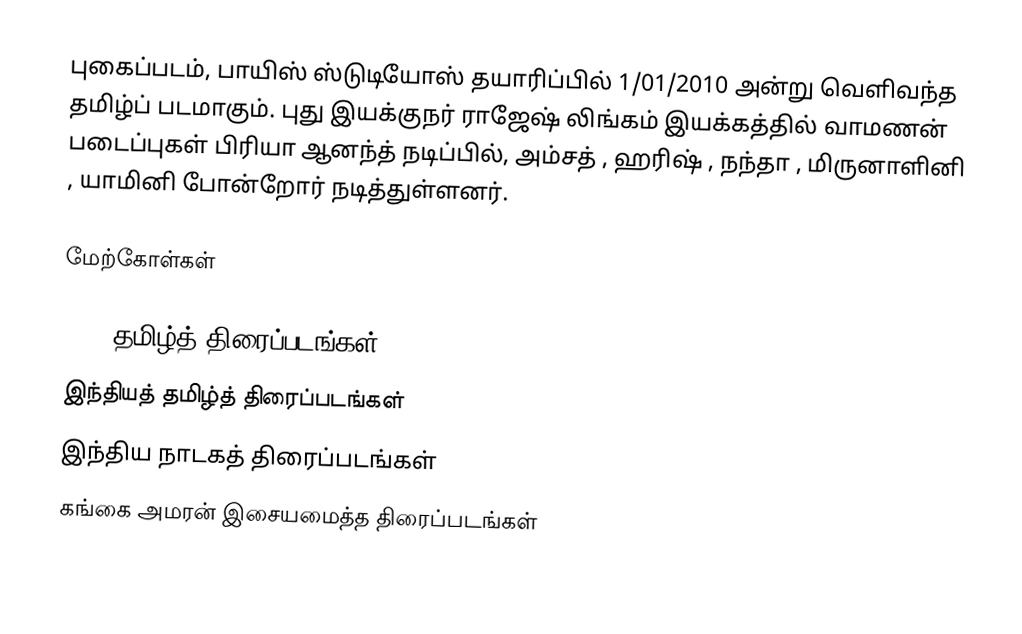
புகைப்படம், பாயிஸ் ஸ்டுடியோஸ் தயாரிப்பில் 1/01/2010 அன்று வெளிவந்த தமிழ்ப் படமாகும். புது இயக்குநர் ராஜேஷ் லிங்கம் இயக்கத்தில் வாமணன் படைப்புகள் பிரியா ஆனந்த் நடிப்பில், அம்சத் , ஹரிஷ் , நந்தா , மிருனாளினி , யாமினி போன்றோர் நடித்துள்ளனர்.

மேற்கோள்கள்

2010 தமிழ்த் திரைப்படங்கள்
இந்தியத் தமிழ்த் திரைப்படங்கள்
இந்திய நாடகத் திரைப்படங்கள்
கங்கை அமரன் இசையமைத்த திரைப்படங்கள்